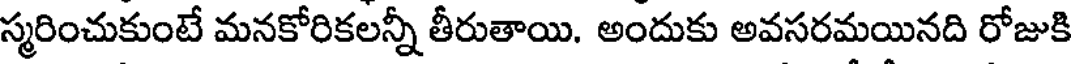
స్మరించుకుంటే మనకోరికలన్నీ తీరుతాయి. అందుకు అవసరమయినది రోజుకి